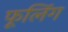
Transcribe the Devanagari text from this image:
फूलिंग